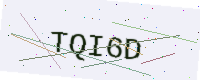
Text: TQI6D